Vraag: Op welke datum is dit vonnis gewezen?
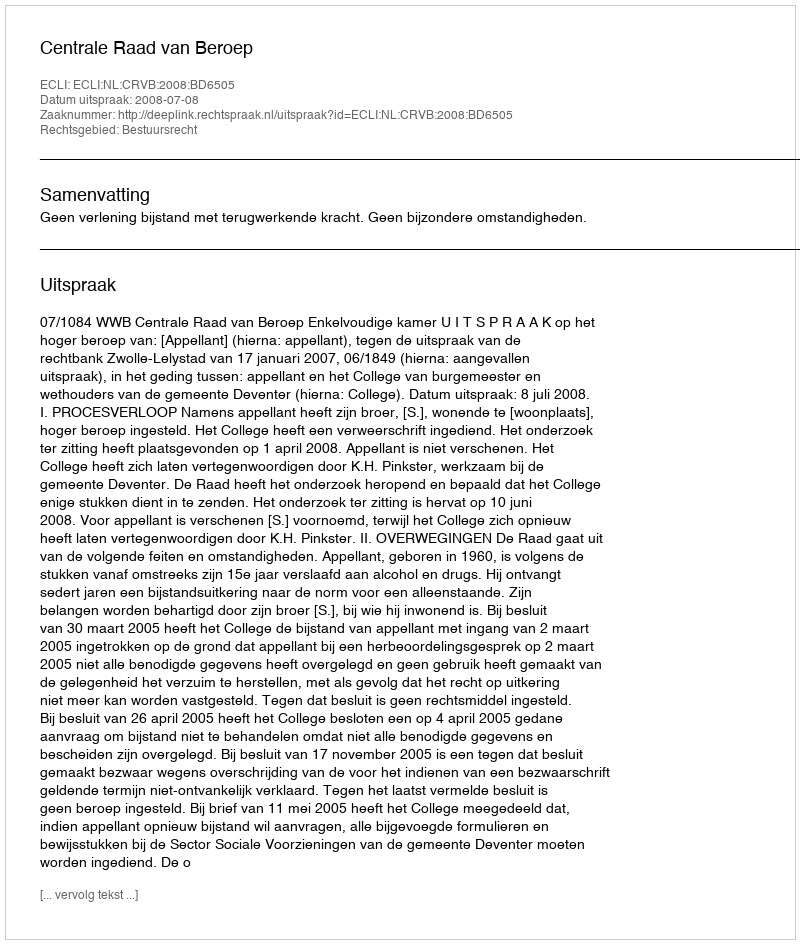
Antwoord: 2008-07-08